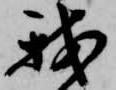
我